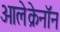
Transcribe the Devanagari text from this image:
ओलेक्रेनॉन